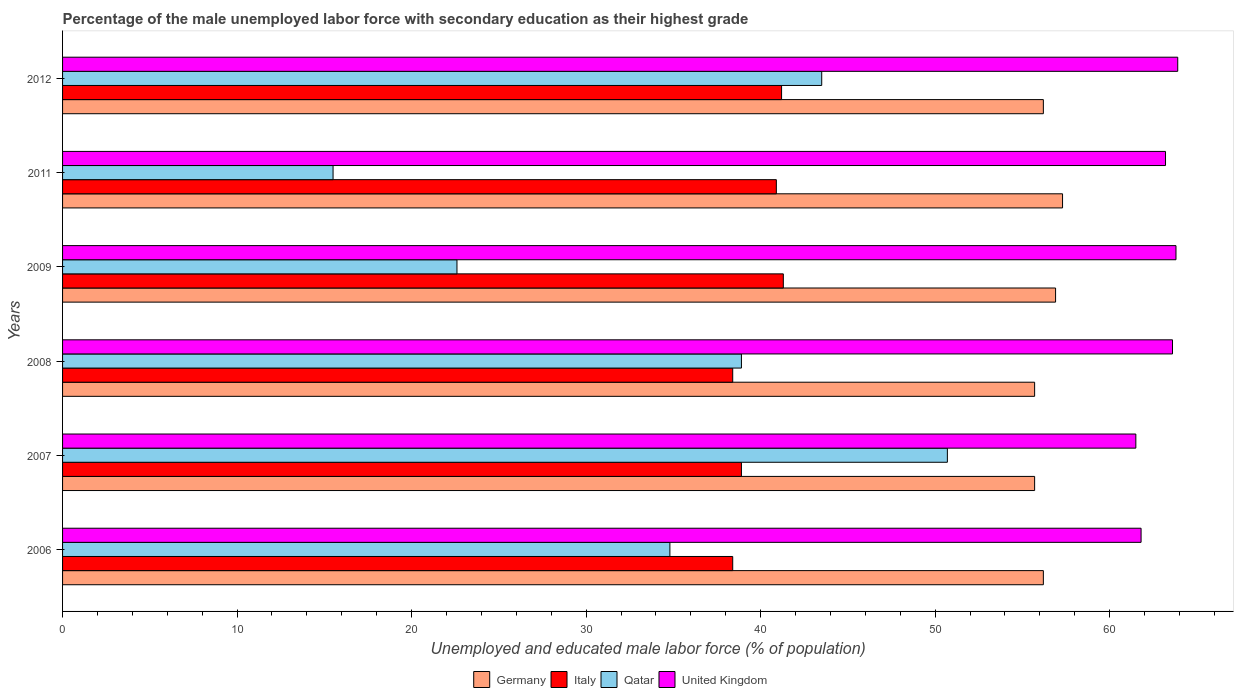
| Years | Germany | Italy | Qatar | United Kingdom |
 | --- | --- | --- | --- | --- |
 | 2006 | 56.2 | 38.4 | 34.8 | 61.8 |
 | 2007 | 55.7 | 38.9 | 50.7 | 61.5 |
 | 2008 | 55.7 | 38.4 | 38.9 | 63.6 |
 | 2009 | 56.9 | 41.3 | 22.6 | 63.8 |
 | 2011 | 57.3 | 40.9 | 15.5 | 63.2 |
 | 2012 | 56.2 | 41.2 | 43.5 | 63.9 |